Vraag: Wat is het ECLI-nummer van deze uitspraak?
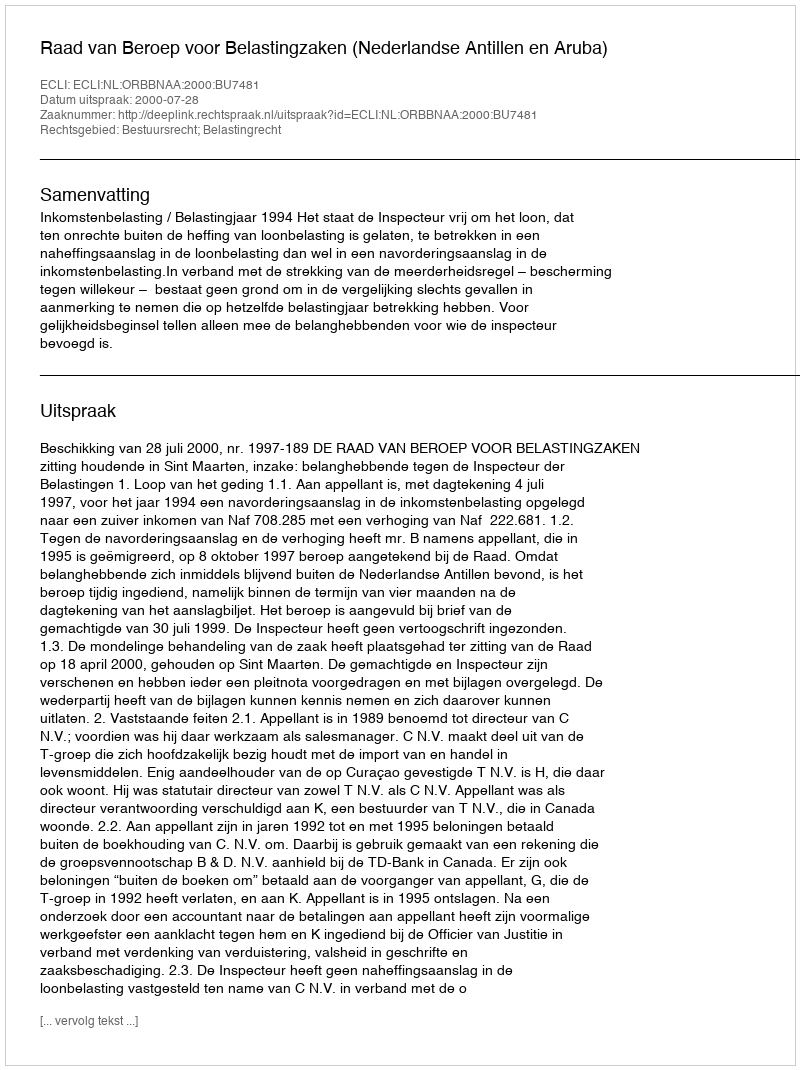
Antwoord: ECLI:NL:ORBBNAA:2000:BU7481